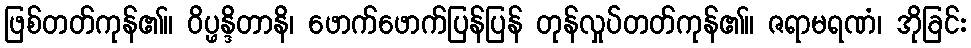
ဖြစ်တတ်ကုန်၏။ ဝိပ္ဖန္ဒိတာနိ၊ ဖောက်ဖောက်ပြန်ပြန် တုန်လှုပ်တတ်ကုန်၏။ ဇရာမရဏံ၊ အိုခြင်း